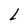
Character: L